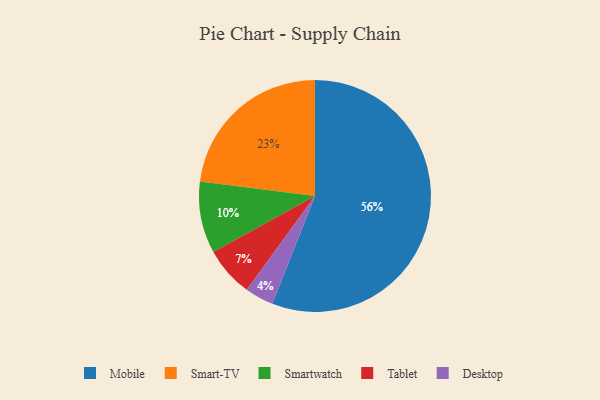
{"axis": {"x": "Category", "y": "Percentage"}, "legend": ["Desktop", "Mobile", "Smart-TV", "Smartwatch", "Tablet"], "data": [{"x": "Desktop", "y": 4, "type": "Desktop"}, {"x": "Smart-TV", "y": 23, "type": "Smart-TV"}, {"x": "Tablet", "y": 7, "type": "Tablet"}, {"x": "Mobile", "y": 56, "type": "Mobile"}, {"x": "Smartwatch", "y": 10, "type": "Smartwatch"}]}